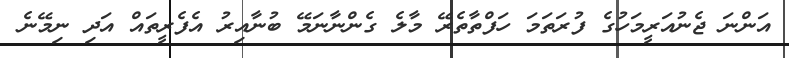
އަންނަ ޖެނުއަރީމަހުގެ ފުރަތަމަ ހަފްތާތެރޭ މާލެ ގެންނާނަމޭ ބުނާއިރު އެފެރީތައް އަދި ނިމޭނެ